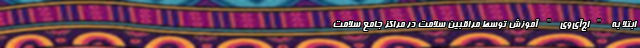
ابتلا به "اچ‌‌آی‌‌وی" آموزش توسط مراقبین سلامت در مراکز جامع سلامت